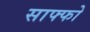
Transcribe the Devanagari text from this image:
साफ्फो